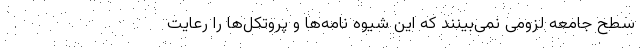
سطح جامعه لزومی نمی‌بینند که این شیوه نامه‌ها و پروتکل‌ها را رعایت